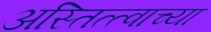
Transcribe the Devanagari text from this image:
अस्तित्त्वाच्या